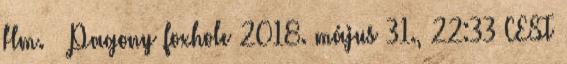
Hm. – Pagony foxhole 2018. május 31., 22:33 CEST